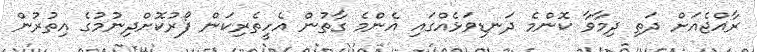
ރާއްޖެއަށް ދަތި ދިމާވާ ކޮންމެ ދަނޑިވަޅެއްގައި އެންމެ ގާތުން އެހީތެރިކަން ފޯރުކޮށްދިނުމުގެ އިތުރުން